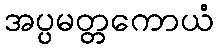
အပ္ပမတ္တကောယံ